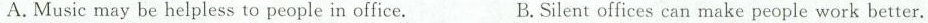
A.Music may be helpless to people in office. B.Silent offices can make people work better.